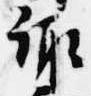
諏